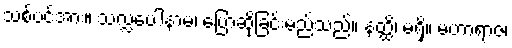
သစ်ပင်အား။ သလ္လပေါနာမ၊ ပြောဆိုခြင်းမည်သည်။ နတ္ထိ၊ မရှိ။ မဟာရာဇ၊